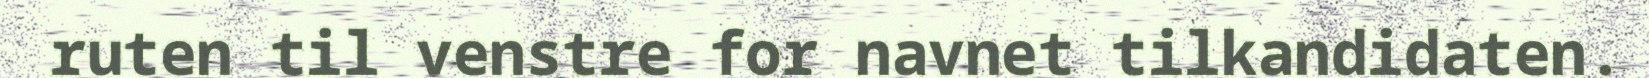
ruten til venstre for navnet tilkandidaten.